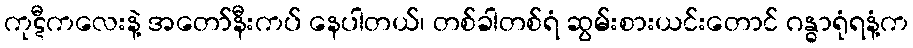
ကုဋီကလေးနဲ့ အတော်နီးကပ် နေပါတယ်၊ တစ်ခါတစ်ရံ ဆွမ်းစားယင်းတောင် ဂန္ဓာရုံရနံ့က